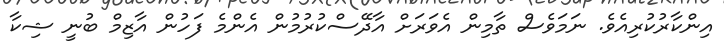
އިންކާރުކުރިއެވެ. ނަަމަވެސް ތާމިން އެވަރަށް އާދޭސްކުރުމުން އެންމެ ފަހުން އާޒިމް ބުނީ ޝިކާ